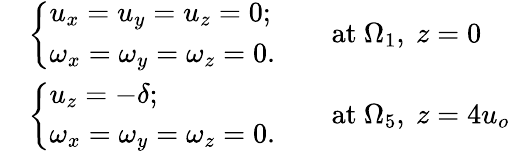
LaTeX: \begin{array}{rl}&{\left\{ \begin{array}{ll}{u_{x}=u_{y}=u_{z}=0;}\\ {\omega_{x}=\omega_{y}=\omega_{z}=0.}\end{array}\right.\qquad\mathrm{at}~\Omega_{1},\mathrm{~}z=0}\\ &{\left\{ \begin{array}{ll}{u_{z}=-\delta;}\\ {\omega_{x}=\omega_{y}=\omega_{z}=0.}\end{array}\right.\qquad\mathrm{at}~\Omega_{5},\mathrm{~}z=4u_{o}}\end{array}